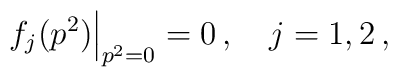
f_{j}(p^2){\Big|}_{p^2 =0} =0\,,\quad j=1,2\,,